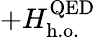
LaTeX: +H_{\mathrm{h.o.}}^{\mathrm{QED}}